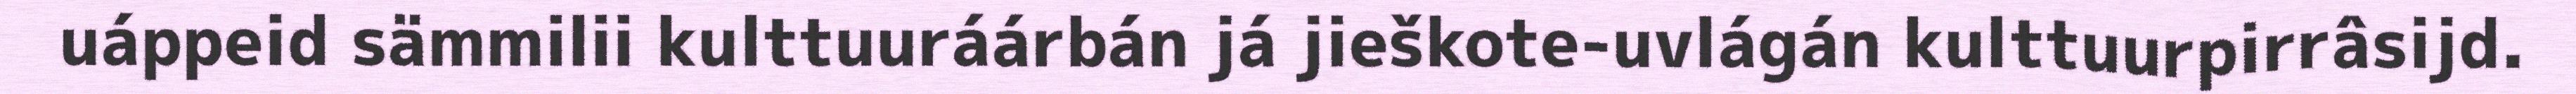
uáppeid sämmilii kulttuuráárbán já jieškote-uvlágán kulttuurpirrâsijd.